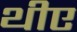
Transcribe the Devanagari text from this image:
थीए